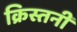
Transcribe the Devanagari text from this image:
क्रिस्तनी